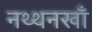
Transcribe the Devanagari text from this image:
नथ्थनखाँ